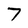
Character: 7